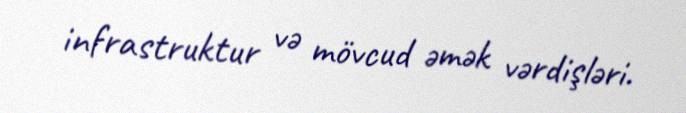
infrastruktur və mövcud əmək vərdişləri.